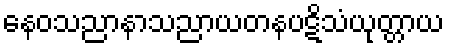
နေဝသညာနာသညာယတနပဋိသံယုတ္တာယ